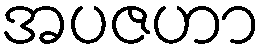
အပဇဟာ